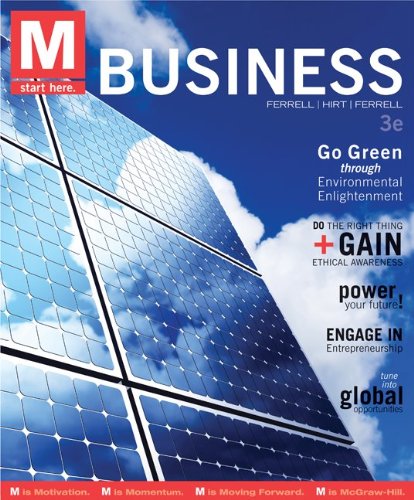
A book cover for M: Business; O. C. Ferrell; Business & Money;